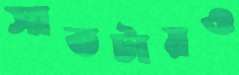
সাতটায়ও